Reports on dispensaries and lunatic asylums in the Province of Oudh - 1869-1876
Year: 1869
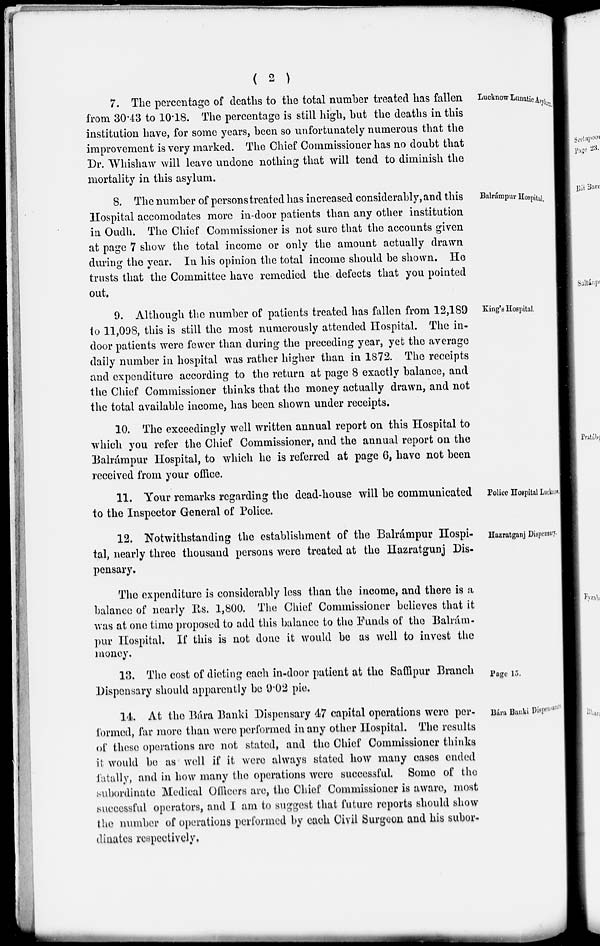
( 2 )
Lucknow Lunatic Asylum.
7. The percentage of deaths to the total number treated has fallen
from 30.43 to 10.18. The percentage is still high, but the deaths in this
institution have, for some years, been so unfortunately numerous that the
improvement is very marked. The Chief Commissioner has no doubt that
Dr. Whishaw will leave undone nothing that will tend to diminish the
mortality in this asylum.
Balrámpur Hospital.
8. The number of persons treated has increased considerably, and this
Hospital accomodates more in-door patients than any other institution
in Oudh. The Chief Commissioner is not sure that the accounts given
at page 7 show the total income or only the amount actually drawn
during the year. In his opinion the total income should be shown. He
trusts that the Committee have remedied the defects that you pointed
out.
King's Hospital.
9. Although the number of patients treated has fallen from 12,189
to 11,098, this is still the most numerously attended Hospital. The in-
door patients were fewer than during the preceding year, yet the average
daily number in hospital was rather higher than in 1872. The receipts
and expenditure according to the return at page 8 exactly balance, and
the Chief Commissioner thinks that the money actually drawn, and not
the total available income, has been shown under receipts.
10. The exceedingly well written annual report on this Hospital to
which you refer the Chief Commissioner, and the annual report on the
Balrámpur Hospital, to which he is referred at page 6, have not been
received from your office.
Police Hospital Lucknow.
11. Your remarks regarding the dead-house will be communicated
to the Inspector General of Police.
Hazratganj Dispensary.
12. Notwithstanding the establishment of the Balrámpur Hospi-
tal, nearly three thousand persons were treated at the Hazratgunj Dis-
pensary.
The expenditure is considerably less than the income, and there is a
balance of nearly Rs. 1,800. The Chief Commissioner believes that it
was at one time proposed to add this balance to the Funds of the Balrám-
pur Hospital. If this is not done it would be as well to invest the
money.
Page 15.
13. The cost of dieting each in-door patient at the Saffipur Branch
Dispensary should apparently be 9.02 pie.
Bára Banki Dispensaries
14. At the Bára Banki Dispensary 47 capital operations were per-
formed, far more than were performed in any other Hospital. The results
of these operations are not stated, and the Chief Commissioner thinks
it would be as well if it were always stated how many cases ended
fatally, and in how many the operations were successful. Some of the
subordinate Medical Officers are, the Chief Commissioner is aware, most
successful operators, and I am to suggest that future reports should show
the number of operations performed by each Civil Surgeon and his subor-
dinates respectively.